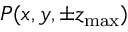
P ( x , y , \pm z _ { \mathrm { m a x } } )